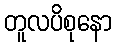
တူလပိစုနော